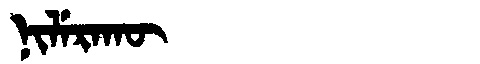
Manchu: ᠨᡳᠯᡝᡵᠠᡴᡡ
Romanization: NILERAKŪ